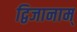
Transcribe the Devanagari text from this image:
द्विजानाम्